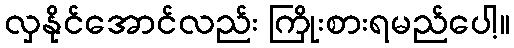
လှနိုင်အောင်လည်း ကြိုးစားရမည်ပေါ့။